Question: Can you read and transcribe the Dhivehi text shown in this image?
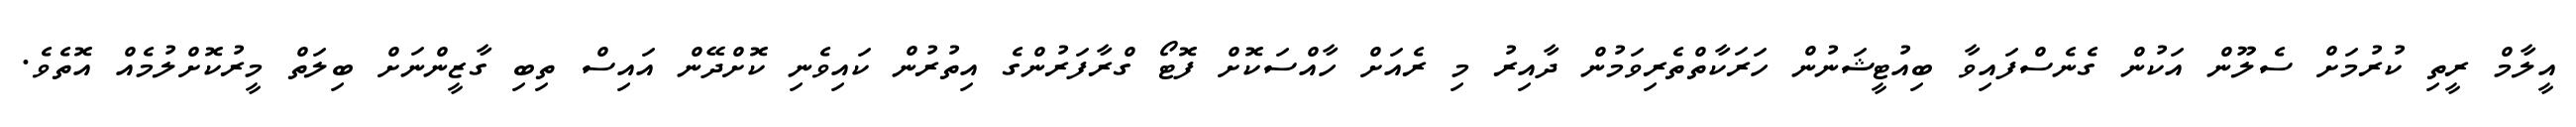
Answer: އީލާމް ރީތި ކުރުމަށް ސެލޫން އަކުން ގެނެސްފައިވާ ބިއުޓީޝަނުން ހަރަކާތްތެރިވަމުން ދާއިރު މި ރެއަށް ހާއްސަކޮށް ފޮޓޯ ގްރާފަރުންގެ އިތުރުން ކައިވެނި ކޮށްދޭން އައިސް ތިބި ގާޒީންނަށް ބިލަތް މީރުކޮށްލުމެއް އޮތެވެ.